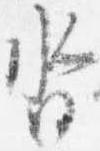
沓